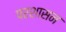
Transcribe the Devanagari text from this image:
परशासन